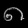
Digit: ၈